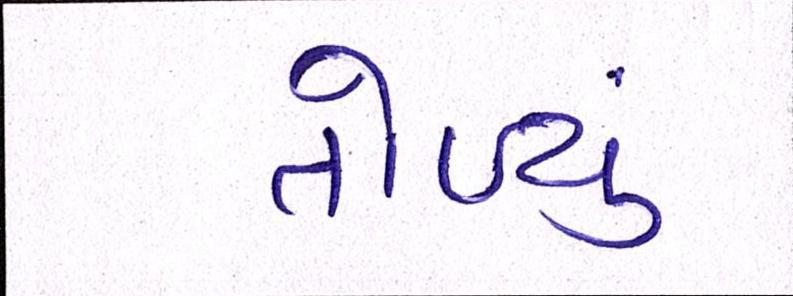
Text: તોળ્યું